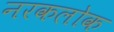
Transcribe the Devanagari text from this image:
नरकलोक